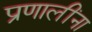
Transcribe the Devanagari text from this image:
प्रणालींना